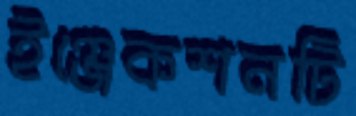
ইঞ্জেকশনটি